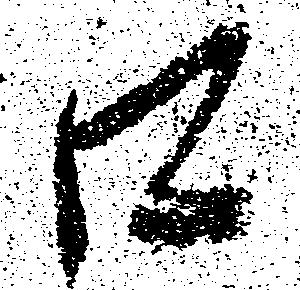
口